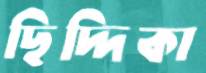
ছিদ্দিকা